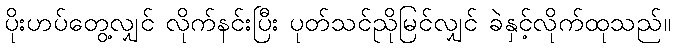
ပိုးဟပ်တွေ့လျှင် လိုက်နင်းပြီး ပုတ်သင်ညိုမြင်လျှင် ခဲနှင့်လိုက်ထုသည်။